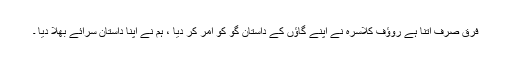
فرق صرف اتنا ہے روؤف کلاسرہ نے اپنے گاؤں کے داستان گو کو امر کر دیا ، ہم نے اپنا داستان سرائے بھلا دیا ۔